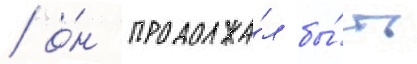
/ о́н продолжа́л бы́ть